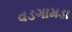
વડગામડા